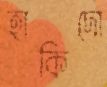
হাকিদো